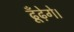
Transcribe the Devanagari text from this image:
ढूँढ़ेगे।